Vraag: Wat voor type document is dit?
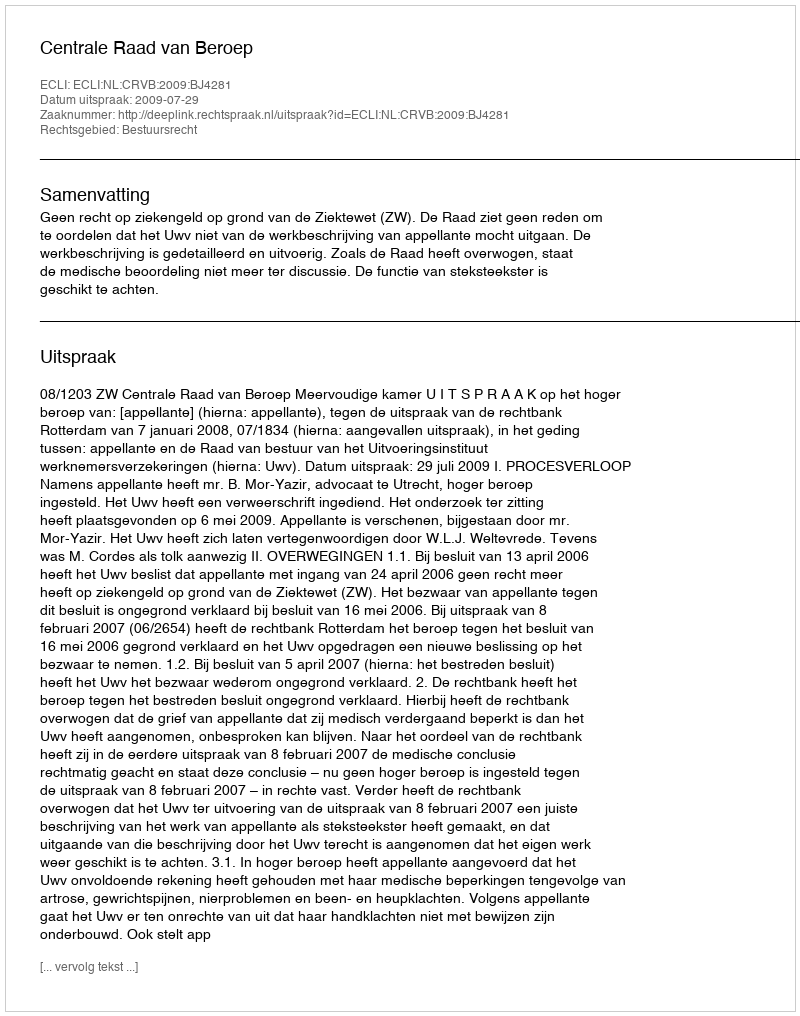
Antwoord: Uitspraak